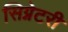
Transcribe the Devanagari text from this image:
सिग्नेटरी